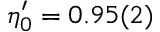
\eta _ { 0 } ^ { \prime } = 0 . 9 5 ( 2 )